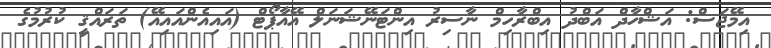
އިމޭޖަސް: އަޝްހާދް އަބްދު އިބްރާހިމް ނާސިރު އިންޓަނޭޝަނަލް އޭއާޕޯޓް (އައިއެންއައިއޭ) ތަރައްޤީ ކުރުމުގެ